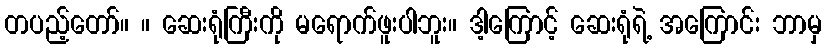
တပည့်တော်။ ။ ဆေးရုံကြီးကို မရောက်ဖူးပါဘူး။ ဒါ့ကြောင့် ဆေးရုံရဲ့ အကြောင်း ဘာမှ